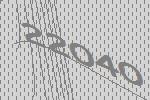
22040